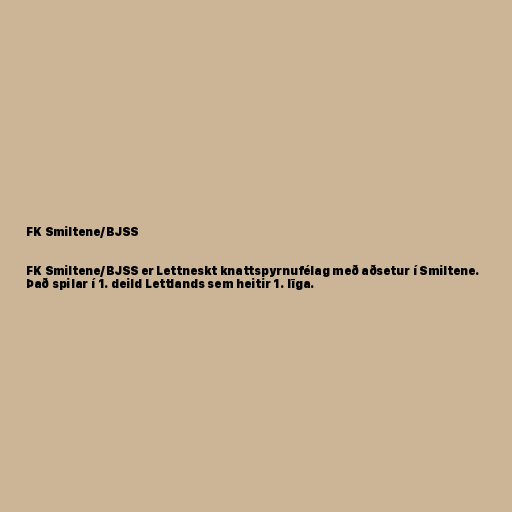
FK Smiltene/BJSS

FK Smiltene/BJSS er Lettneskt knattspyrnufélag með aðsetur í Smiltene.
Það spilar í 1. deild Lettlands sem heitir 1. līga.